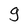
Character: g